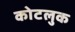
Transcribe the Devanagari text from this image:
कोटलुक